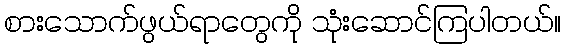
စားသောက်ဖွယ်ရာတွေကို သုံးဆောင်ကြပါတယ်။